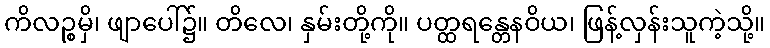
ကိလဉ္စမှိ၊ ဖျာပေါ်၌။ တိလေ၊ နှမ်းတို့ကို။ ပတ္ထရန္တေနဝိယ၊ ဖြန့်လှန်းသူကဲ့သို့။